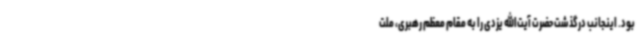
بود. اینجانب درگذشت حضرت آیت‌الله یزدی را به مقام معظم رهبری، ملت